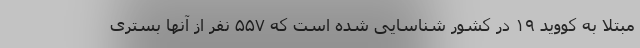
مبتلا به کووید ۱۹ در کشور شناسایی شده است که ۵۵۷ نفر از آنها بستری